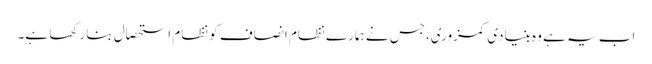
اب یہ ہے وہ بنیادی کمزوری،جس نے ہمارے نظام انصاف کو نظام استحصال بنا رکھا ہے۔